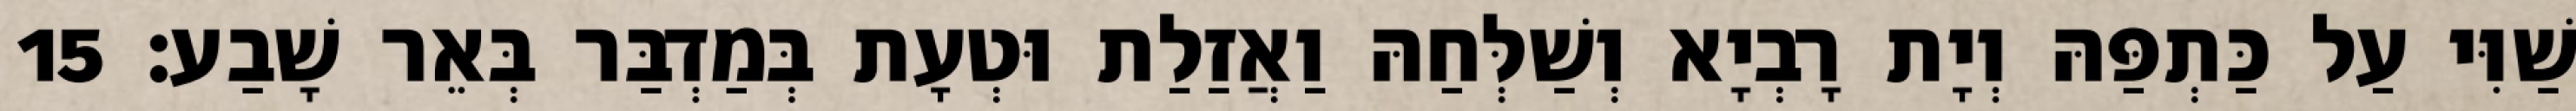
שַׁוִּי עַל כַּתְפַּהּ וְיָת רָבְיָא וְשַׁלְּחַהּ וַאֲזַלַת וּטְעָת בְּמַדְבַּר בְּאֵר שָׁבַע׃ 15